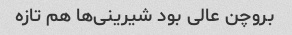
بروچن عالی بود شیرینی‌ها هم تازه